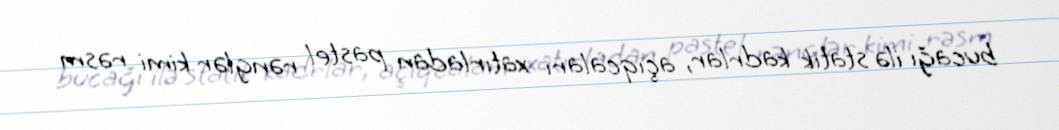
bucağı ilə statik kadrlar, açıqcaları xatırladan pastel rənglər kimi rəsm